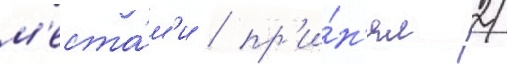
м'еста́м'и / пр'и́н'ял 2